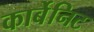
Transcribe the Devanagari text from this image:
कार्बेनिट